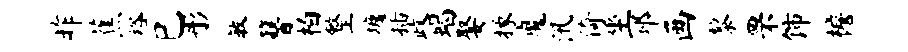
昨蕉裕巳彤敏簪柏整墉插政蝎娶掾魔汛倚坐邳画黎罘饰檐